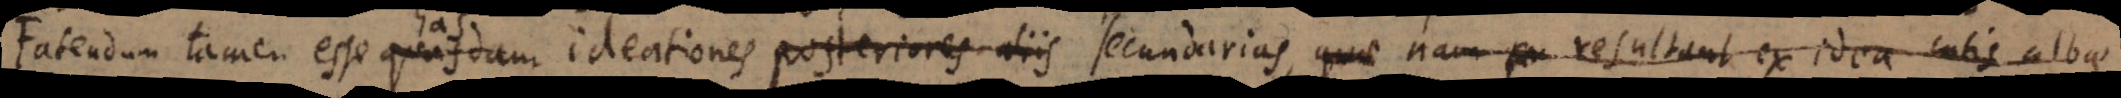
Fatendum tamen esse quasdam ideationes posteriores aliis secundarias. Nam resultant ex idea c